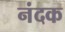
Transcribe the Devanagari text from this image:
नंदक